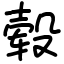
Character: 毂